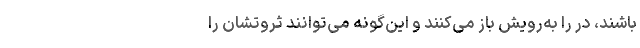
باشند، در را به‌رویش باز می‌کنند و این‌گونه می‌توانند ثروتشان را